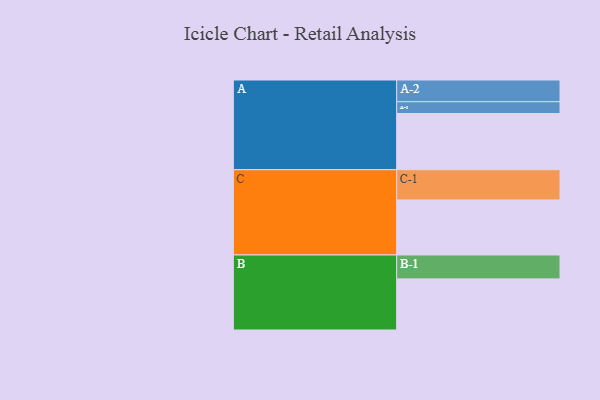
{"axis": {"x": "Segment", "y": "Value"}, "legend": ["", "A", "B", "C"], "data": [{"x": "A", "y": 520, "type": ""}, {"x": "B", "y": 473, "type": ""}, {"x": "C", "y": 509, "type": ""}, {"x": "A-1", "y": 109, "type": "A"}, {"x": "A-2", "y": 201, "type": "A"}, {"x": "B-1", "y": 221, "type": "B"}, {"x": "C-1", "y": 280, "type": "C"}]}